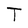
Character: T